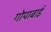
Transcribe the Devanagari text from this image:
गोपाबाई